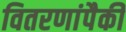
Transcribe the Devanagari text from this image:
वितरणांपैकी